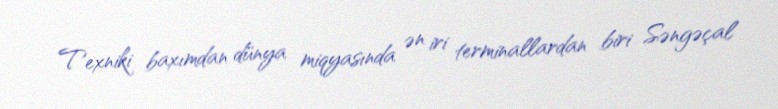
Texniki baxımdan dünya miqyasında ən iri terminallardan biri Səngəçal